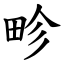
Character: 畛